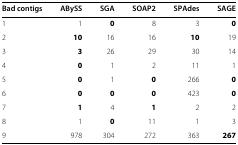
<table><thead><tr><td><b>Bad contigs</b></td><td><b>ABySS</b></td><td><b>SGA</b></td><td><b>SOAP2</b></td><td><b>SPAdes</b></td><td><b>SAGE</b></td></tr></thead><tbody><tr><td>1</td><td>1</td><td><b>0</b></td><td>8</td><td>3</td><td><b>0</b></td></tr><tr><td>2</td><td><b>10</b></td><td>16</td><td>16</td><td><b>10</b></td><td>19</td></tr><tr><td>3</td><td><b>3</b></td><td>26</td><td>29</td><td>30</td><td>14</td></tr><tr><td>4</td><td><b>0</b></td><td>1</td><td>2</td><td>11</td><td>1</td></tr><tr><td>5</td><td><b>0</b></td><td>1</td><td><b>0</b></td><td>266</td><td><b>0</b></td></tr><tr><td>6</td><td><b>0</b></td><td><b>0</b></td><td><b>0</b></td><td>423</td><td><b>0</b></td></tr><tr><td>7</td><td><b>1</b></td><td>4</td><td><b>1</b></td><td>2</td><td>2</td></tr><tr><td>8</td><td>1</td><td><b>0</b></td><td>11</td><td>1</td><td>3</td></tr><tr><td>9</td><td>978</td><td>304</td><td>272</td><td>363</td><td><b>267</b></td></tr></tbody></table>